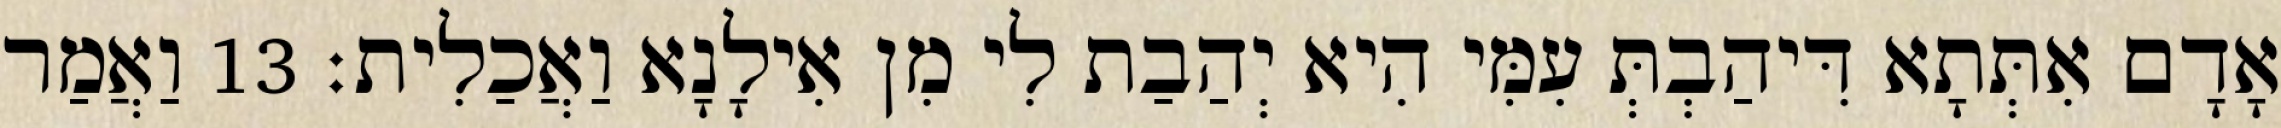
אָדָם אִתְּתָא דִּיהַבְתְּ עִמִּי הִיא יְהַבַת לִי מִן אִילָנָא וַאֲכַלִית׃ 13 וַאֲמַר